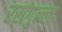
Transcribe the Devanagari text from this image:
रसगुल्‍ला